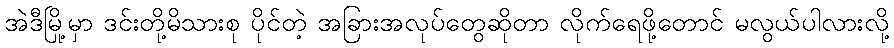
အဲဒီမြို့မှာ ဒင်းတို့မိသားစု ပိုင်တဲ့ အခြားအလုပ်တွေဆိုတာ လိုက်ရေဖို့တောင် မလွယ်ပါလားလို့